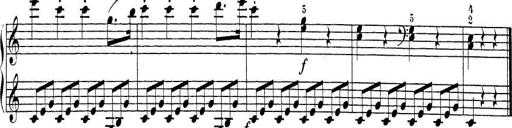
Title: Sonatina Album
Composer: Louis KÃ¶hler